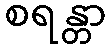
စရန္တာ